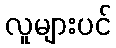
လူများပင်